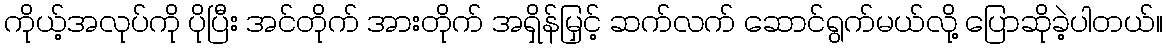
ကိုယ့်အလုပ်ကို ပိုပြီး အင်တိုက် အားတိုက် အရှိန်မြှင့် ဆက်လက် ဆောင်ရွက်မယ်လို့ ပြောဆိုခဲ့ပါတယ်။